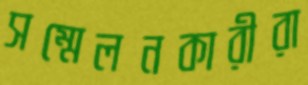
সম্মেলনকারীরা